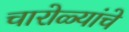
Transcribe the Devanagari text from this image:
चारोळ्यांचे